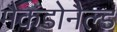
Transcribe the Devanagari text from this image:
मैकडोनैल्ड